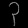
Digit: ၃